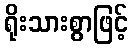
ရိုးသားစွာဖြင့်